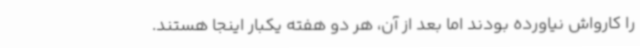
را کارواش نیاورده بودند اما بعد از آن، هر دو هفته یکبار اینجا هستند.